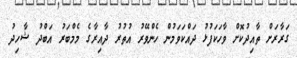
ގަރާރަށް ތާއިދުކޮށް ވާހަކަފުޅު ދައްކަވަމުން ހެންވޭރު އުތުރު ދާއިރާގެ މެމްބަރު އަބްދު ޝާހިދު